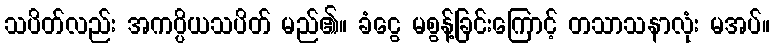
သပိတ်လည်း အကပ္ပိယသပိတ် မည်၏။ ခံငွေ မစွန့်ခြင်းကြောင့် တသာသနာလုံး မအပ်။